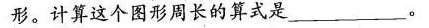
形。计算这个图形周长的算式是___ 。